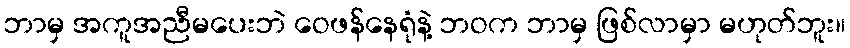
ဘာမှ အကူအညီမပေးဘဲ ဝေဖန်နေရုံနဲ့ ဘဝက ဘာမှ ဖြစ်လာမှာ မဟုတ်ဘူး။